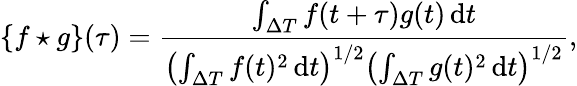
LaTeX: \{ f\star g\} (\tau)=\frac{\int_{\Delta T}f(t+\tau)g(t)\, \mathrm{d}t}{\left(\int_{\Delta T}f(t)^{2}\, \mathrm{d}t\right)^{1/2}\left(\int_{\Delta T}g(t)^{2}\, \mathrm{d}t\right)^{1/2}},